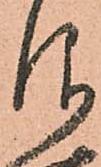
仰